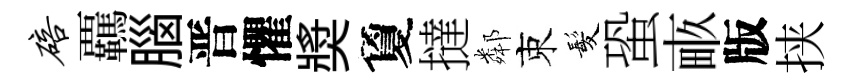
碚覊腦晋懼奬夐撻鄰束髪蛩畞版挟